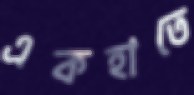
একহাতে